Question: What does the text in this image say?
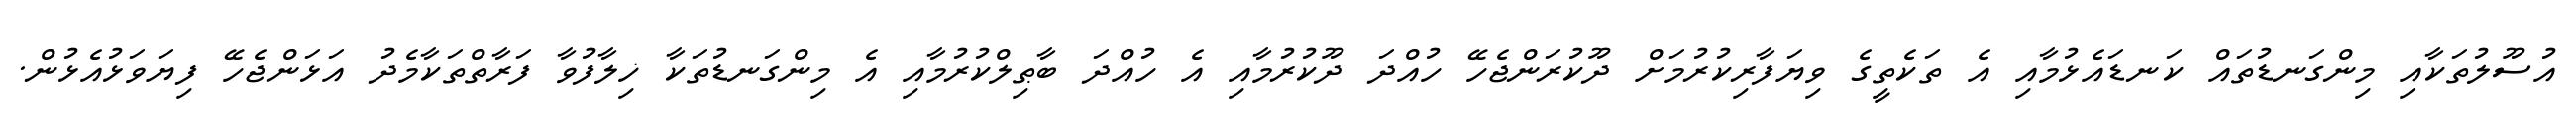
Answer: އުސޫލުތަކާއި މިންގަނޑުތައް ކަނޑައެޅުމާއި އެ ތަކެތީގެ ވިޔަފާރިކުރުމަށް ދޫކުރަންޖެހޭ ހުއްދަ ދޫކުރުމާއި އެ ހުއްދަ ބާޠިލްކުރުމާއި އެ މިންގަނޑުތަކާ ޚިލާފުވާ ފަރާތްތަކާމެދު އަޅަންޖެހޭ ފިޔަވަޅުއެޅުން.